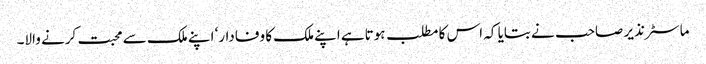
ماسٹر نذیر صاحب نے بتایا کہ اس کا مطلب ہوتاہے اپنے ملک کا وفادار‘ اپنے ملک سے محبت کرنے والا۔